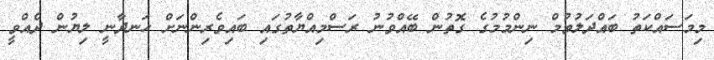
މިމަސައްކަތު ބައްދަލުވުމް ނިންމުމުގެ ގޮތުން ބޭއްވުނު ރަސްމިއްޔާތުގައި ބައިވެރިންނަށް ހަނދާނީ ލިޔުން ދެއްވީ